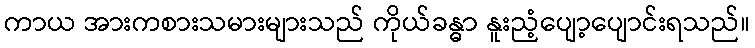
ကာယ အားကစားသမားများသည် ကိုယ်ခန္ဓာ နူးညံ့ပျော့ပျောင်းရသည်။